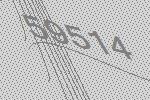
59514